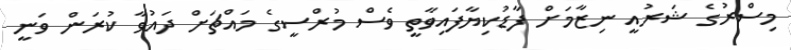
މިސްރުގެ ޝަރުއީ ނިޒާމަށް ފާޑުކިޔާފައިވާތީ ވެސް މުރްސީގެ މައްޗަށް ދައުވާ ކުރަން ވަނީ